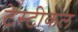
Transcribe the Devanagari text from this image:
टेस्टीकल